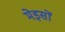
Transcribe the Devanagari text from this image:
मेइसों